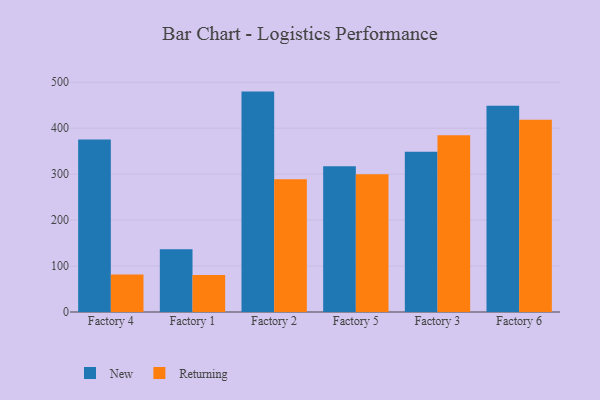
{"axis": {"x": "Factory", "y": "Market Share (%)"}, "legend": ["New", "Returning"], "data": [{"x": "Factory 4", "y": 375.4, "type": "New"}, {"x": "Factory 4", "y": 81.5, "type": "Returning"}, {"x": "Factory 1", "y": 136.8, "type": "New"}, {"x": "Factory 1", "y": 80.3, "type": "Returning"}, {"x": "Factory 2", "y": 479.6, "type": "New"}, {"x": "Factory 2", "y": 288.9, "type": "Returning"}, {"x": "Factory 5", "y": 317.2, "type": "New"}, {"x": "Factory 5", "y": 299.5, "type": "Returning"}, {"x": "Factory 3", "y": 348.5, "type": "New"}, {"x": "Factory 3", "y": 384.4, "type": "Returning"}, {"x": "Factory 6", "y": 448.8, "type": "New"}, {"x": "Factory 6", "y": 418.4, "type": "Returning"}]}